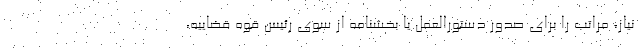
نیاز، مراتب را برای صدور دستورالعمل یا بخشنامه از سوی رئیس قوه قضاییه،